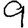
Digit: 9